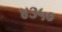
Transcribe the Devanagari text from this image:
४३५०